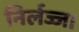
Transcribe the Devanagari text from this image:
निर्लज्ज।